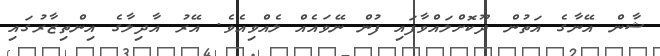
ޝާން އޭނާގެ އަތުން ދޫކޮށްލައްވާފައި ފުން ނޭވައެއް ލެއްވިއެވެ. އޭރު އާދިލާގެ އިންތިޒާރުގައި